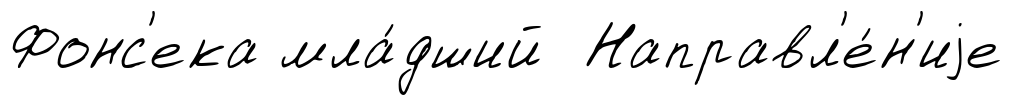
Фонс'ека мла́дший Направл'е́н'иjе